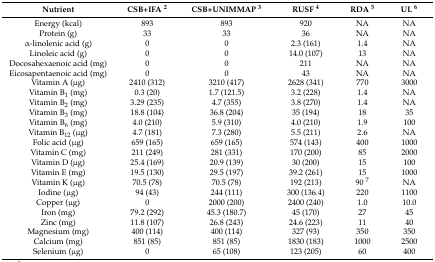
<table><thead><tr><td><b>Nutrient</b></td><td><b>CSB+IFA <sup>2</sup></b></td><td><b>CSB+UNIMMAP <sup>3</sup></b></td><td><b>RUSF <sup>4</sup></b></td><td><b>RDA <sup>5</sup></b></td><td><b>UL <sup>6</sup></b></td></tr></thead><tbody><tr><td>Energy (kcal)</td><td>893</td><td>893</td><td>920</td><td>NA</td><td>NA</td></tr><tr><td>Protein (g)</td><td>33</td><td>33</td><td>36</td><td>NA</td><td>NA</td></tr><tr><td>α-linolenic acid (g)</td><td>0</td><td>0</td><td>2.3 (161)</td><td>1.4</td><td>NA</td></tr><tr><td>Linoleic acid (g)</td><td>0</td><td>0</td><td>14.0 (107)</td><td>13</td><td>NA</td></tr><tr><td>Docosahexaenoic acid (mg)</td><td>0</td><td>0</td><td>211</td><td>NA</td><td>NA</td></tr><tr><td>Eicosapentaenoic acid (mg)</td><td>0</td><td>0</td><td>43</td><td>NA</td><td>NA</td></tr><tr><td>Vitamin A (μg)</td><td>2410 (312)</td><td>3210 (417)</td><td>2628 (341)</td><td>770</td><td>3000</td></tr><tr><td>Vitamin B<sub>1</sub> (mg)</td><td>0.3 (20)</td><td>1.7 (121.5)</td><td>3.2 (228)</td><td>1.4</td><td>NA</td></tr><tr><td>Vitamin B<sub>2</sub> (mg)</td><td>3.29 (235)</td><td>4.7 (355)</td><td>3.8 (270)</td><td>1.4</td><td>NA</td></tr><tr><td>Vitamin B<sub>3</sub> (mg)</td><td>18.8 (104)</td><td>36.8 (204)</td><td>35 (194)</td><td>18</td><td>35</td></tr><tr><td>Vitamin B<sub>6</sub> (mg)</td><td>4.0 (210)</td><td>5.9 (310)</td><td>4.0 (210)</td><td>1.9</td><td>100</td></tr><tr><td>Vitamin B<sub>12</sub> (μg)</td><td>4.7 (181)</td><td>7.3 (280)</td><td>5.5 (211)</td><td>2.6</td><td>NA</td></tr><tr><td>Folic acid (μg)</td><td>659 (165)</td><td>659 (165)</td><td>574 (143)</td><td>400</td><td>1000</td></tr><tr><td>Vitamin C (mg)</td><td>211 (249)</td><td>281 (331)</td><td>170 (200)</td><td>85</td><td>2000</td></tr><tr><td>Vitamin D (μg)</td><td>25.4 (169)</td><td>20.9 (139)</td><td>30 (200)</td><td>15</td><td>100</td></tr><tr><td>Vitamin E (mg)</td><td>19.5 (130)</td><td>29.5 (197)</td><td>39.2 (261)</td><td>15</td><td>1000</td></tr><tr><td>Vitamin K (μg)</td><td>70.5 (78)</td><td>70.5 (78)</td><td>192 (213)</td><td>90 <sup>7</sup></td><td>NA</td></tr><tr><td>Iodine (μg)</td><td>94 (43)</td><td>244 (111)</td><td>300 (136.4)</td><td>220</td><td>1100</td></tr><tr><td>Copper (μg)</td><td>0</td><td>2000 (200)</td><td>2400 (240)</td><td>1.0</td><td>10.0</td></tr><tr><td>Iron (mg)</td><td>79.2 (292)</td><td>45.3 (180.7)</td><td>45 (170)</td><td>27</td><td>45</td></tr><tr><td>Zinc (mg)</td><td>11.8 (107)</td><td>26.8 (243)</td><td>24.6 (223)</td><td>11</td><td>40</td></tr><tr><td>Magnesium (mg)</td><td>400 (114)</td><td>400 (114)</td><td>327 (93)</td><td>350</td><td>350</td></tr><tr><td>Calcium (mg)</td><td>851 (85)</td><td>851 (85)</td><td>1830 (183)</td><td>1000</td><td>2500</td></tr><tr><td>Selenium (μg)</td><td>0</td><td>65 (108)</td><td>123 (205)</td><td>60</td><td>400</td></tr></tbody></table>